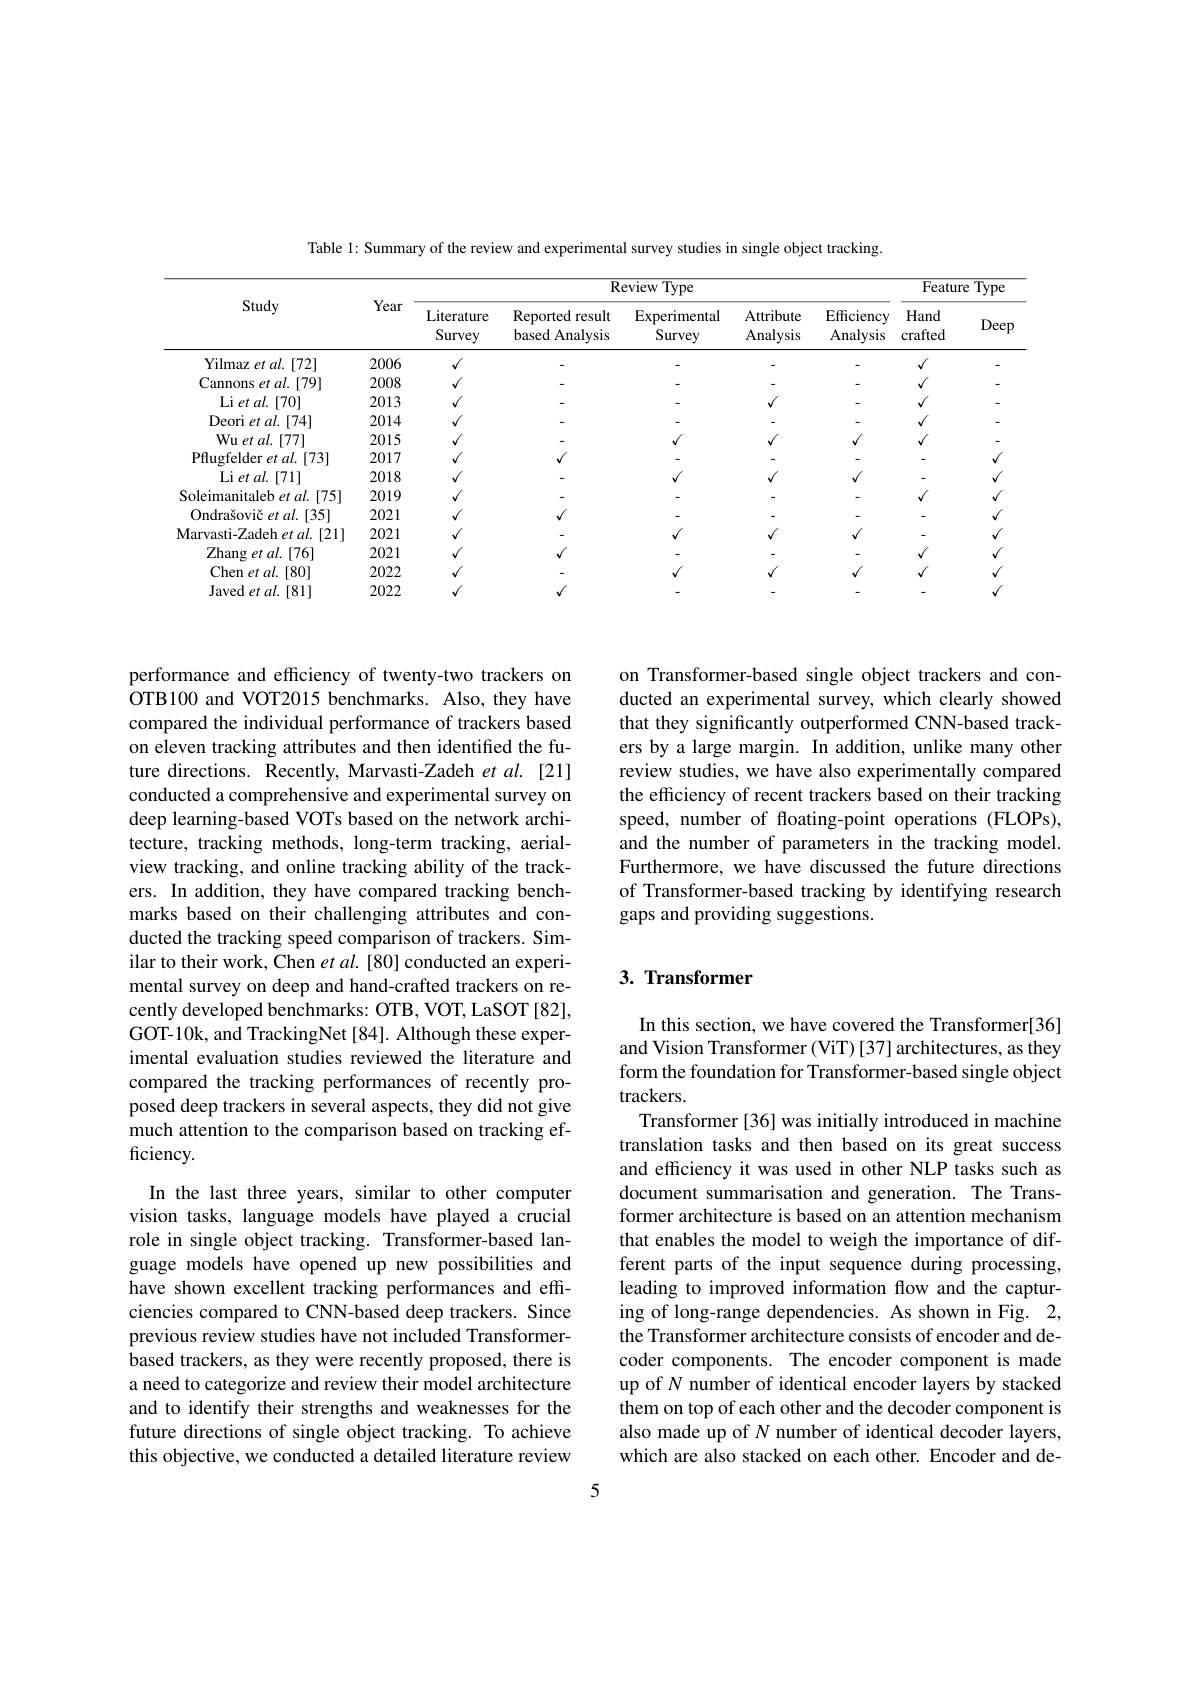
Table 1: Summary of the review and experimental survey studies in single object tracking.

<table>
	<tbody>
		<tr>
			<th rowspan="2">Study</th>
			<th rowspan="2">Year</th>
			<th colspan="5">$\overline{\mathrm{Review~Type}}$</th>
			<th colspan="2">Feature $\overline{\mathrm{Type}}$</th>
		</tr>
		<tr>
			<th rowspan="1">Literature Survey</th>
			<th>Reported result based Analysis</th>
			<th>Experimental Survey</th>
			<th>Attribute Analysis</th>
			<th>Efficiency Analysis</th>
			<th>Hand crafted</th>
			<th>DeeF</th>
		</tr>
		<tr>
			<td>Yilmaz et al. [72]</td>
			<td>2006</td>
			<td>$√$</td>
			<td> </td>
			<td> </td>
			<td> </td>
			<td> </td>
			<td>$√$</td>
			<td> </td>
		</tr>
		<tr>
			<td>Cannons et al. [79]</td>
			<td>2008</td>
			<td>$√$</td>
			<td> </td>
			<td> </td>
			<td> </td>
			<td> </td>
			<td>$√$</td>
			<td>-</td>
		</tr>
		<tr>
			<td>Li et al. [70]</td>
			<td>2013</td>
			<td>$√$</td>
			<td> </td>
			<td> </td>
			<td>$v$</td>
			<td> </td>
			<td>$√$</td>
			<td>-</td>
		</tr>
		<tr>
			<td>Deori et al. $\therefore[74]$</td>
			<td>2014</td>
			<td>$√$</td>
			<td> </td>
			<td> </td>
			<td> </td>
			<td> </td>
			<td>$√$</td>
			<td> </td>
		</tr>
		<tr>
			<td>Wu et al. [77]</td>
			<td>2015</td>
			<td>$√$</td>
			<td> </td>
			<td>$√$</td>
			<td>/</td>
			<td>$√$</td>
			<td>$√$</td>
			<td>-</td>
		</tr>
		<tr>
			<td>Pflugfelder et al. [73]</td>
			<td>2017</td>
			<td>$√$</td>
			<td>$√$</td>
			<td> </td>
			<td> </td>
			<td> </td>
			<td> </td>
			<td>$√$</td>
		</tr>
		<tr>
			<td>$\operatorname { Li} et$ $al. [ 71]$</td>
			<td>2018</td>
			<td>$√$</td>
			<td> </td>
			<td>$v$</td>
			<td>$√$</td>
			<td>$√$</td>
			<td> </td>
			<td>$√$</td>
		</tr>
		<tr>
			<td>Soleimanitaleb et al. [75]</td>
			<td>2019</td>
			<td>$√$</td>
			<td> </td>
			<td> </td>
			<td> </td>
			<td> </td>
			<td>$√$</td>
			<td>$√$</td>
		</tr>
		<tr>
			<td>Ondrašovič et al. [35]</td>
			<td>2021</td>
			<td>$√$</td>
			<td>$√$</td>
			<td> </td>
			<td> </td>
			<td> </td>
			<td> </td>
			<td>$√$</td>
		</tr>
		<tr>
			<td>Marvasti-Zadeh et $al.[21]$</td>
			<td>2021</td>
			<td>$√$</td>
			<td> </td>
			<td></td>
			<td>$√$</td>
			<td>$√$</td>
			<td> </td>
			<td>$√$</td>
		</tr>
		<tr>
			<td>Zhang et al. [ 76] </td>
			<td>2021</td>
			<td>$√$</td>
			<td>$√$</td>
			<td> </td>
			<td> </td>
			<td> </td>
			<td></td>
			<td>$√$</td>
		</tr>
		<tr>
			<td>Chen et al. $\therefore[80]$</td>
			<td>2022</td>
			<td></td>
			<td> </td>
			<td>$√$</td>
			<td>$√$</td>
			<td>$√$</td>
			<td>$√$</td>
			<td>$√$</td>
		</tr>
		<tr>
			<td>Javed et al. [81]</td>
			<td>2022</td>
			<td>$√$</td>
			<td>$√$</td>
			<td> </td>
			<td> </td>
			<td> </td>
			<td> </td>
			<td>$√$</td>
		</tr>
	</tbody>
</table>

on Transformer-based single object trackers and conducted an experimental survey, which clearly showed that they significantly outperformed CNN-based trackers by a large margin. In addition, unlike many other review studies, we have also experimentally compared the efficiency of recent trackers based on their tracking speed, number of floating-point operations (FLOPs), and the number of parameters in the tracking model. Furthermore, we have discussed the future directions of Transformer-based tracking by identifying research gaps and providing suggestions.

performance and efficiency of twenty-two trackers on OTB100 and VOT2015 benchmarks. Also, they have compared the individual performance of trackers based on eleven tracking attributes and then identified the future directions. Recently, Marvasti-Zadeh et al. [21] conducted a comprehensive and experimental survey on deep learning-based VOTs based on the network architecture, tracking methods, long-term tracking, aerialview tracking, and online tracking ability of the trackers. In addition, they have compared tracking benchmarks based on their challenging attributes and conducted the tracking speed comparison of trackers. Similar to their work, Chen $et\textit{al. [ 80] conducted an experi- }$ mental survey on deep and hand-crafted trackers on recently developed benchmarks: OTB, VOT, LaSOT [82], GOT-10k, and TrackingNet[84]. Although these experimental evaluation studies reviewed the literature and compared the tracking performances of recently proposed deep trackers in several aspects, they did not give much attention to the comparison based on tracking efficiency.

## 3. Transformer

In this section, we have covered the Transformer[36] and Vision Transformer (ViT) [37] architectures, as they form the foundation for Transformer-based single object trackers.
Transformer[36] was initially introduced in machine translation tasks and then based on its great success and efficiency it was used in other NLP tasks such as document summarisation and generation. The Transformer architecture is based on an attention mechanism that enables the model to weigh the importance of different parts of the input sequence during processing, leading to improved information flow and the capturing of long-range dependencies. As shown in Fig. 2, the Transformer architecture consists of encoder and decoder components. The encoder component is made up of $\hat{N\text{ number of identical encoder layers by stacked}}$ them on top of each other and the decoder component is also made up of $N$ number of identical decoder layers, which are also stacked on each other. Encoder and de-

In the last three years, similar to other computer vision tasks, language models have played a crucial role in single object tracking. Transformer-based language models have opened up new possibilities and have shown excellent tracking performances and efficiencies compared to CNN-based deep trackers. Since previous review studies have not included Transformerbased trackers, as they were recently proposed, there is a need to categorize and review their model architecture and to identify their strengths and weaknesses for the future directions of single object tracking. To achieve this objective, we conducted a detailed literature review

5